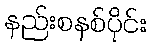
နည်းစနစ်ပိုင်း